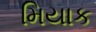
મિયાક